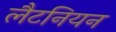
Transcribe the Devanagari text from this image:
लैटनियन